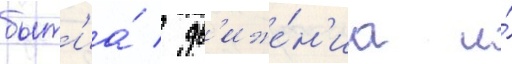
быт'иа́ / дв'иже́н'иа и́